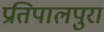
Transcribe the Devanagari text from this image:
प्रतिपालपुरा